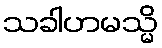
သခါဟမသ္မိ